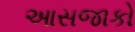
આસજાકો